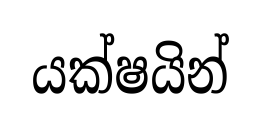
යක්ෂයින්